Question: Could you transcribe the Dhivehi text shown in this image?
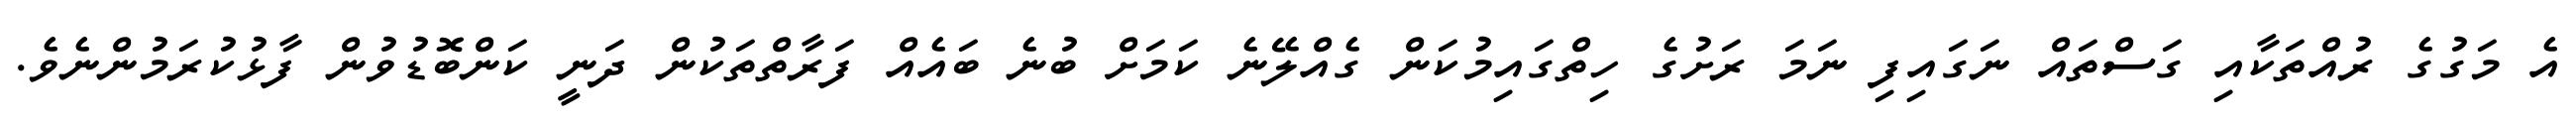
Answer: އެ މަގުގެ ރުއްތަކާއި ގަސްތައް ނަގައިފި ނަމަ ރަށުގެ ހިތްގައިމުކަން ގެއްލޭނެ ކަމަށް ބުނެ ބައެއް ފަރާތްތަކުން ދަނީ ކަންބޮޑުވުން ފާޅުކުރަމުންނެވެ.